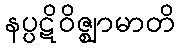
နပ္ပဋိဝိဇ္ဈာမာတိ